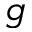
g